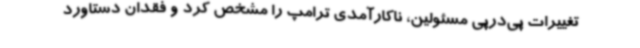
تغییرات پی‌درپی مسئولین، ناکارآمدی ترامپ را مشخص کرد و فقدان دستاورد